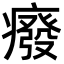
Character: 癈